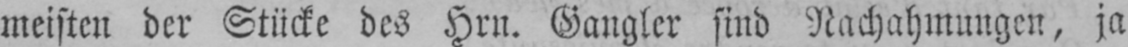
meisten der Stücke des Hrn. Gangler sind Nachahmungen, ja